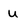
Character: U